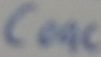
Text: C09C